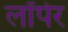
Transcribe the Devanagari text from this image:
लॉपेर